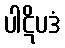
ပါဋိပဒံ